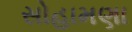
સોહામણા